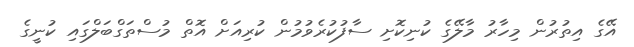
އޭގެ އިތުރުން މިހާރު މާލޭގެ ކުނިކޮށި ސާފުކުރެވުމުން ކުރިއަށް އޮތް މުސްތަގްބަލްގައި ކުނީގެ